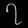
Digit: ၇